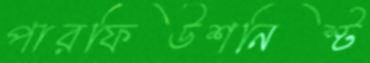
পারফিউশনিস্ট